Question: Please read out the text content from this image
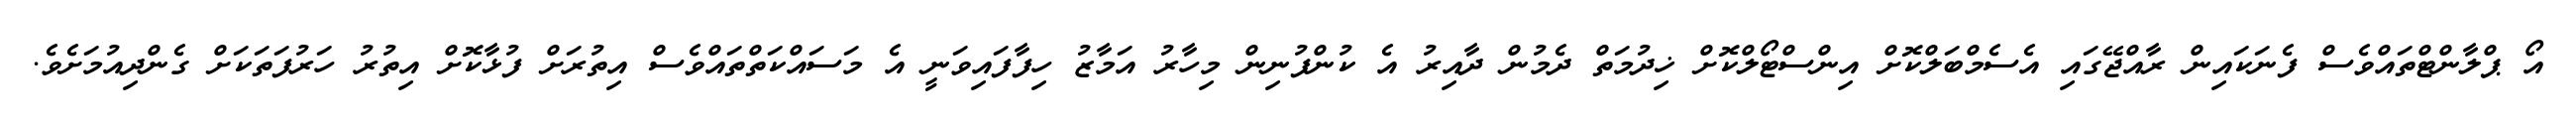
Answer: އޯ ޕްލާންޓްތައްވެސް ފެނަކައިން ރާއްޖޭގައި އެސެމްބަލްކޮށް އިންސްޓޯލްކޮށް ޚިދުމަތް ދެމުން ދާއިރު އެ ކުންފުނިން މިހާރު އަމާޒު ހިފާފައިވަނީ އެ މަސައްކަތްތައްވެސް އިތުރަށް ފުޅާކޮށް އިތުރު ހަރުފަތަކަށް ގެންދިއުމަށެވެ.